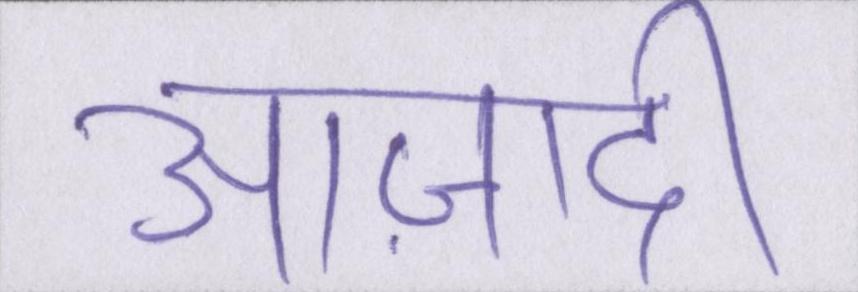
आज़ादी